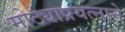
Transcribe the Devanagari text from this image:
मोठ्याप्रयत्नाने